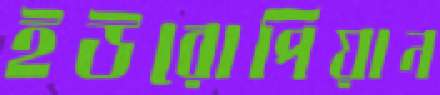
ইউরোপিয়ান